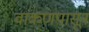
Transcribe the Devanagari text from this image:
वाकणपासून